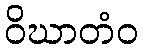
ဝိဃာတံဝ